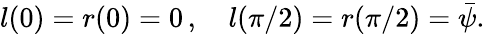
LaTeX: l(0)=r(0)=0\, ,\quad l(\pi/2)=r(\pi/2)={\bar{\psi}}.